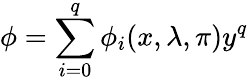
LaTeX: \phi=\sum_{i=0}^{q}\phi_{i}(x,\lambda,\pi)y^{q}